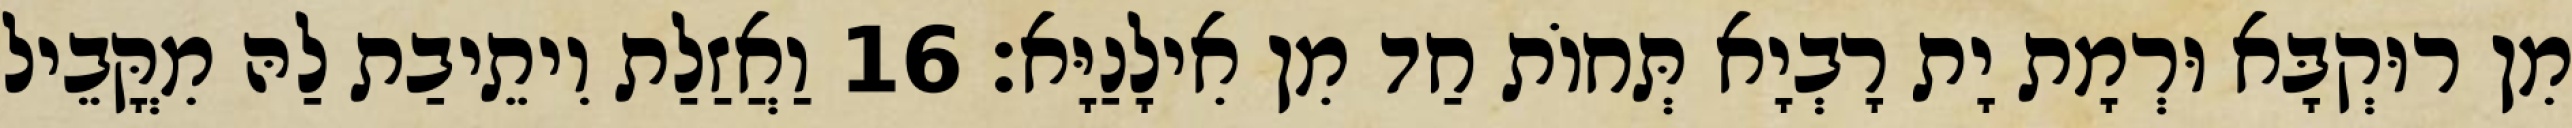
מִן רוּקְבָּא וּרְמָת יָת רָבְיָא תְּחוֹת חַד מִן אִילָנַיָּא׃ 16 וַאֲזַלַת וִיתֵיבַת לַהּ מִקֳּבֵיל